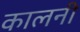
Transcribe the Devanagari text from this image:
कालनी